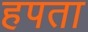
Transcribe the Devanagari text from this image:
हपता